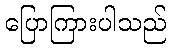
ပြောကြားပါသည်